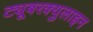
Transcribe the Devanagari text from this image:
ट्यूबरक्युलाइन